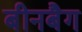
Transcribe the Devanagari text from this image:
बीनबैग